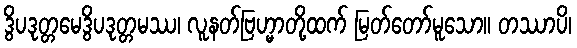
ဒွိပဒုတ္တမေဒွိပဒုတ္တမဿ၊ လူနတ်ဗြဟ္မာတို့ထက် မြတ်တော်မူသော။ တဿာပိ၊